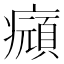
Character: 𤻆